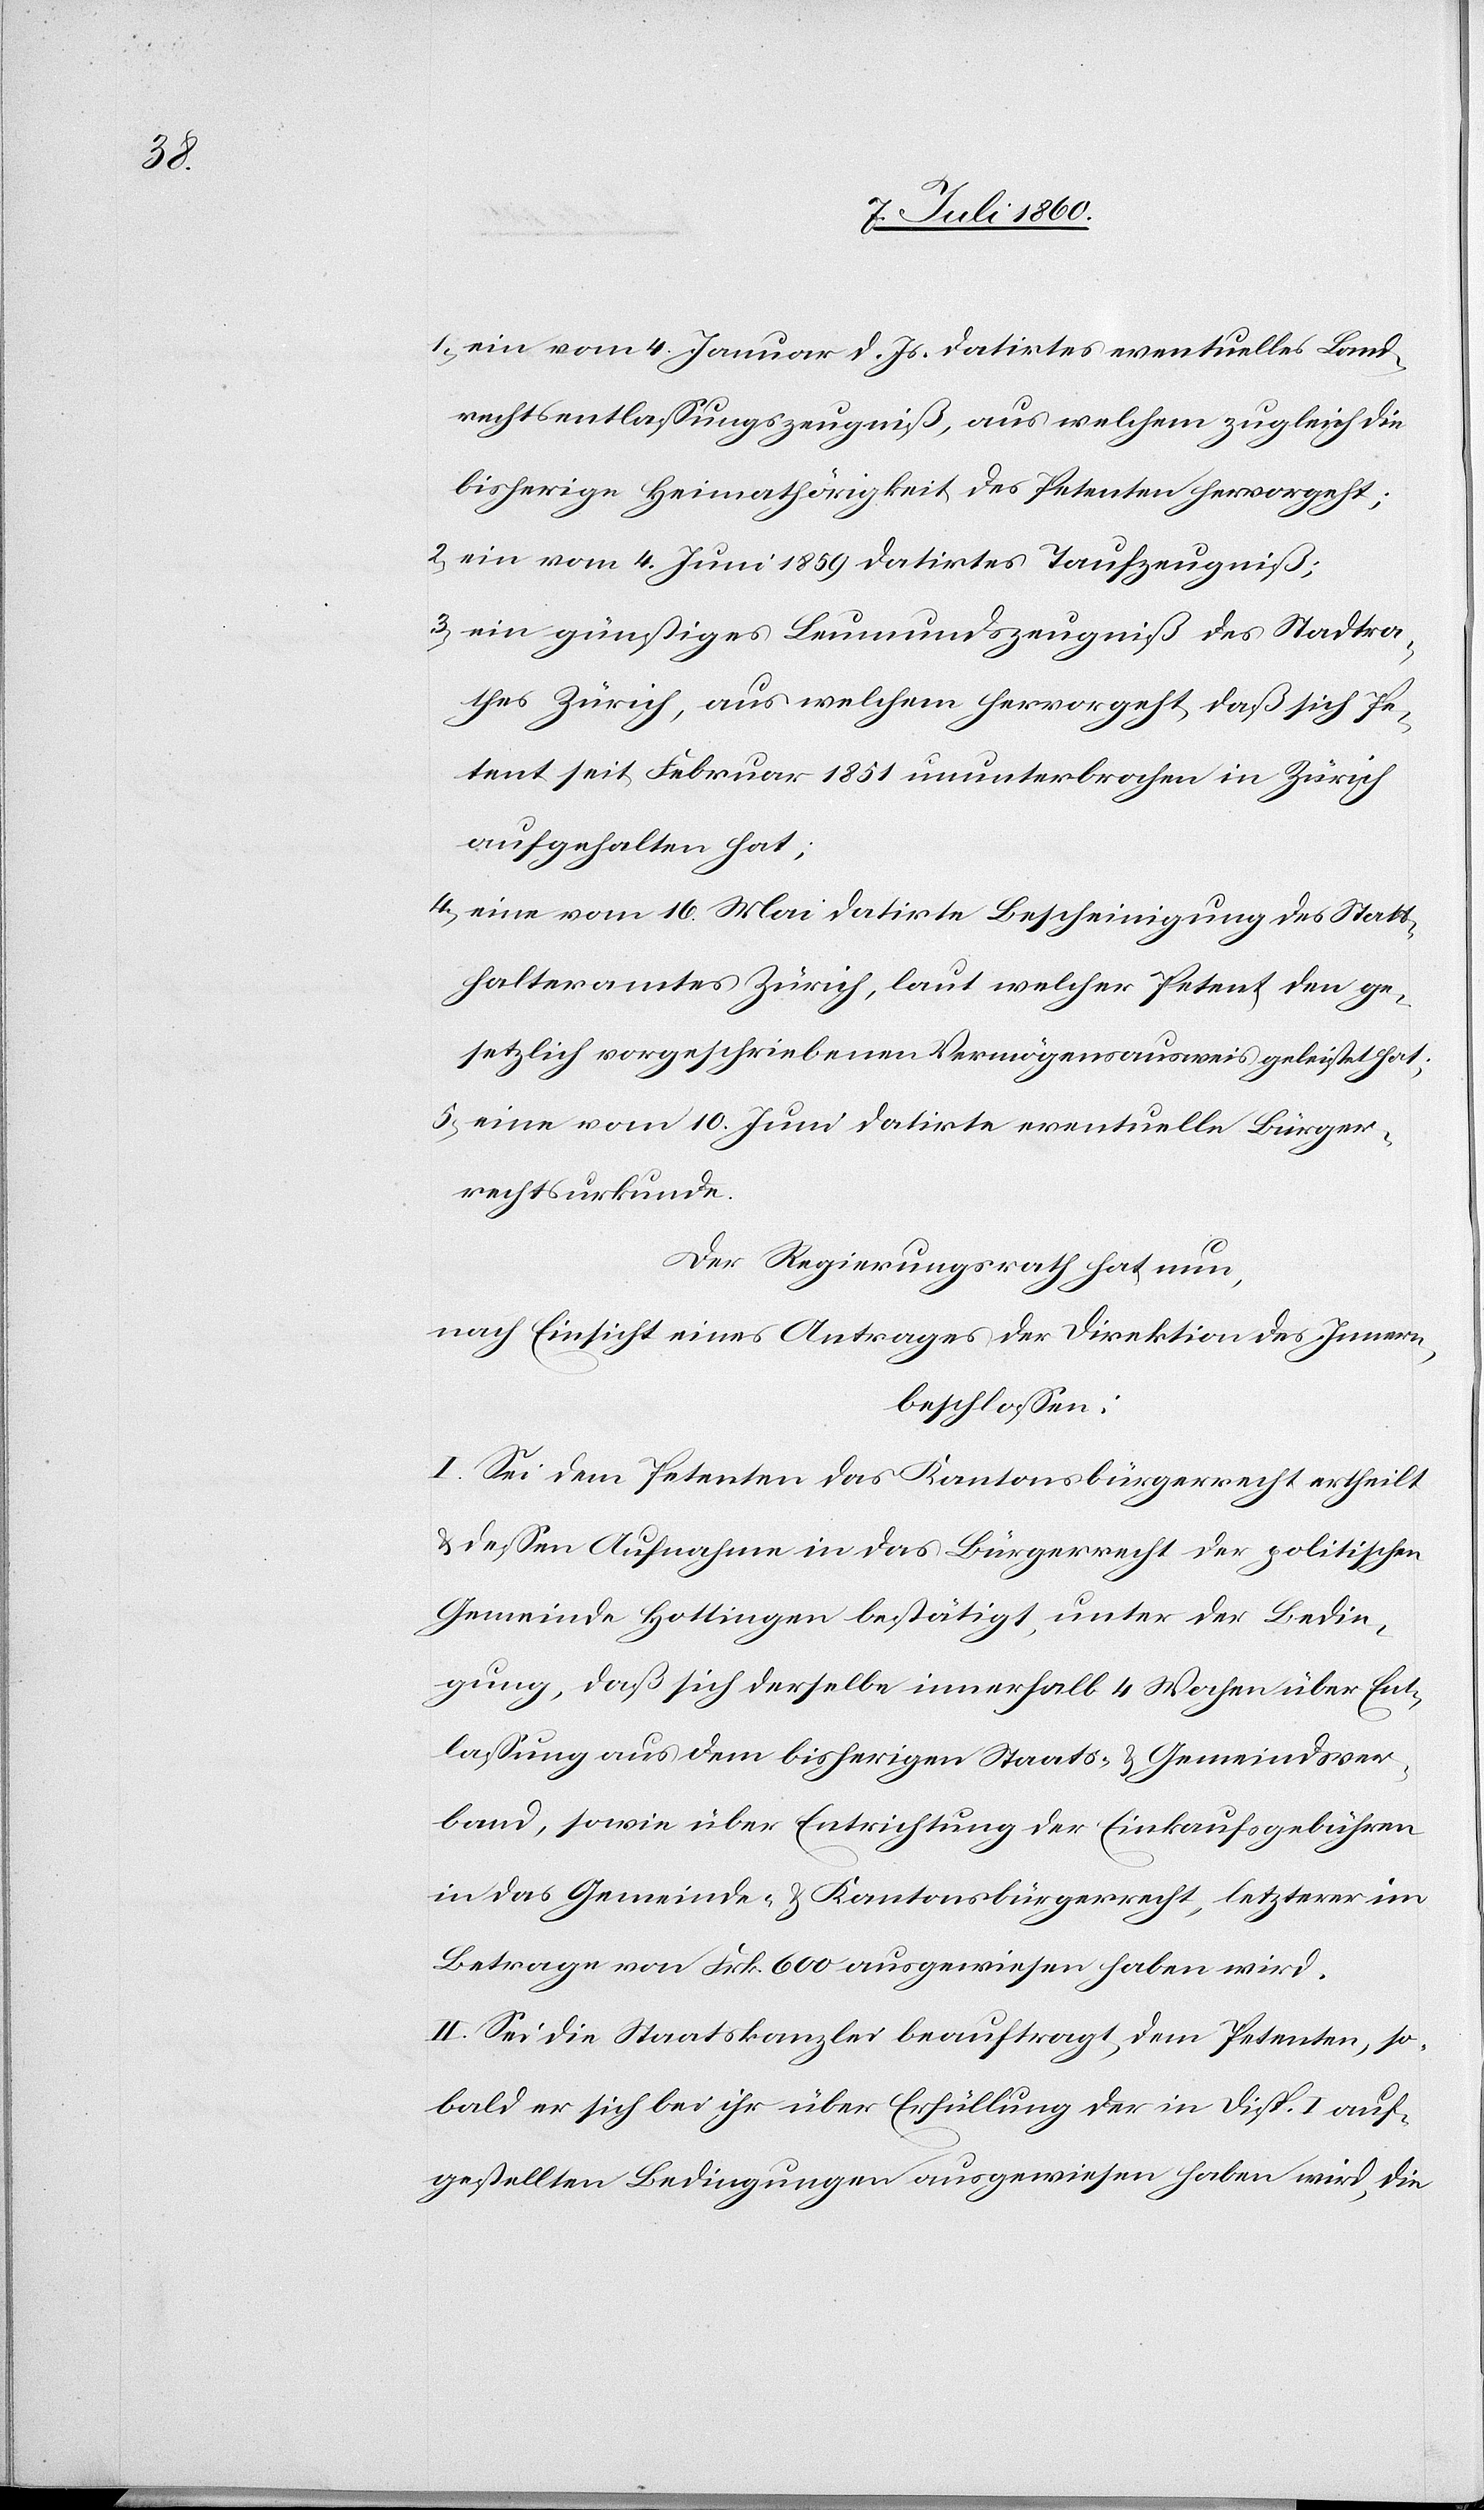
1) ein vom 4. Januar d. Js. datirtes eventuelles Land¬
rechtsentlassungszeugniß, aus welchem zugleich die
bisherige Heimathörigkeit des Petenten hervorgeht;
2) ein vom 4. Juni 1859 datirtes Taufzeugniß;
3) ein günstiges Leumundszeugniß des Stadtra¬
thes Zürich, aus welchem hervorgeht, daß sich Pe¬
tent seit Februar 1851 ununterbrochen in Zürich
aufgehalten hat;
4) eine vom 16. Mai datirte Bescheinigung des Statt¬
halteramtes Zürich, laut welcher Petent den ge¬
setzlich vorgeschriebenen Vermögensausweis geleistet hat;
5) eine vom 10. Juni datirte eventuelle Bürger¬
rechtsurkunde.
Der Regierungsrath hat nun,
nach Einsicht eines Antrages der Direktion des Innern,
beschlossen:
I. Sei dem Petenten das Kantonsbürgerrecht ertheilt
& dessen Aufnahme in das Bürgerrecht der politischen
Gemeinde Hottingen bestätigt, unter der Bedin¬
gung, daß sich derselbe innerhalb 4 Wochen über Ent¬
lassung aus dem bisherigen Staats- & Gemeindsver¬
band, sowie über Entrichtung der Einkaufsgebühren
in das Gemeinde- & Kantonsbürgerrecht, letzterer im
Betrage von Frk. 600 ausgewiesen haben wird.
II. Sei die Staatskanzlei beauftragt, dem Petenten, so¬
bald er sich bei ihr über Erfüllung der in Disp. I auf¬
gestellten Bedingungen ausgewiesen haben wird, die